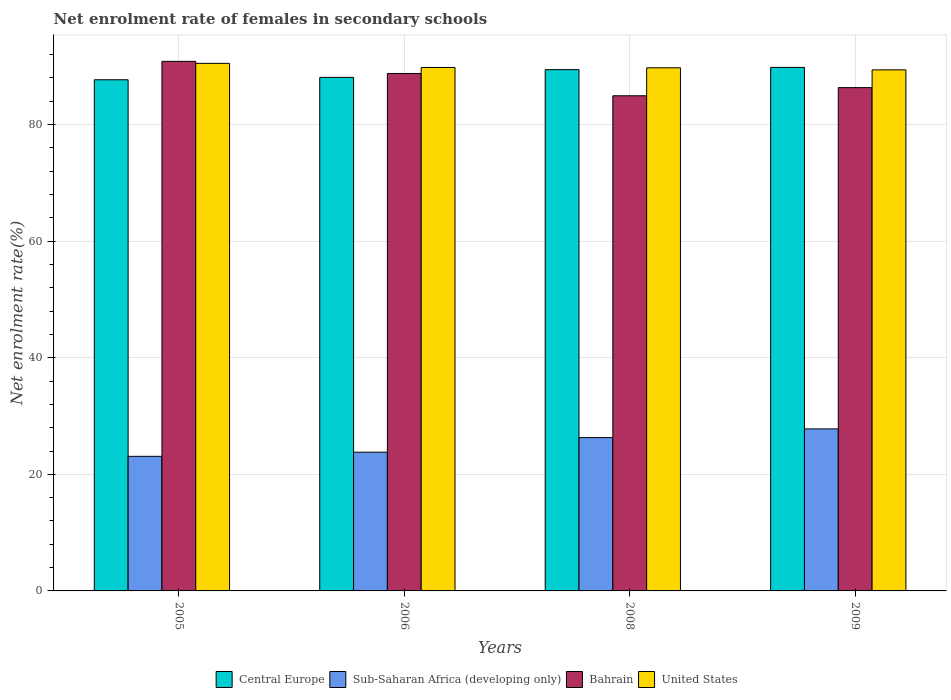
| Years | Central Europe | Sub-Saharan Africa (developing only) | Bahrain | United States |
 | --- | --- | --- | --- | --- |
 | 2005 | 87.7 | 23.1 | 90.9 | 90.5 |
 | 2006 | 88.1 | 23.8 | 88.8 | 89.8 |
 | 2008 | 89.4 | 26.3 | 84.9 | 89.7 |
 | 2009 | 89.8 | 27.8 | 86.3 | 89.4 |